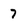
Character: 7